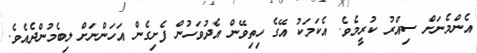
އެންމެނަށް ސިއްރު ކުރީމެވެ. އެކަމަކު އޭގެ ހިތިވޭން އެދުވަހުން ފެށިގެން އަހަންނަށް ލިބެމުންދެއެވެ.